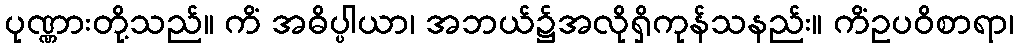
ပုဏ္ဏားတို့သည်။ ကိံ အဓိပ္ပါယာ၊ အဘယ်၌အလိုရှိကုန်သနည်း။ ကိံဥပဝိစာရာ၊